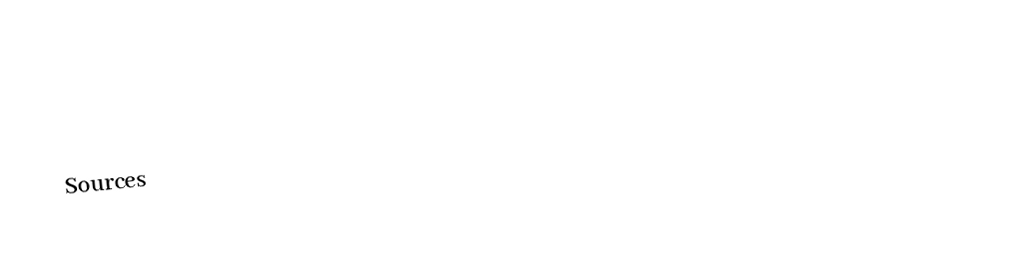

Sources